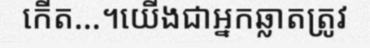
កើត...។យើងជាអ្នកឆ្លាតត្រូវ